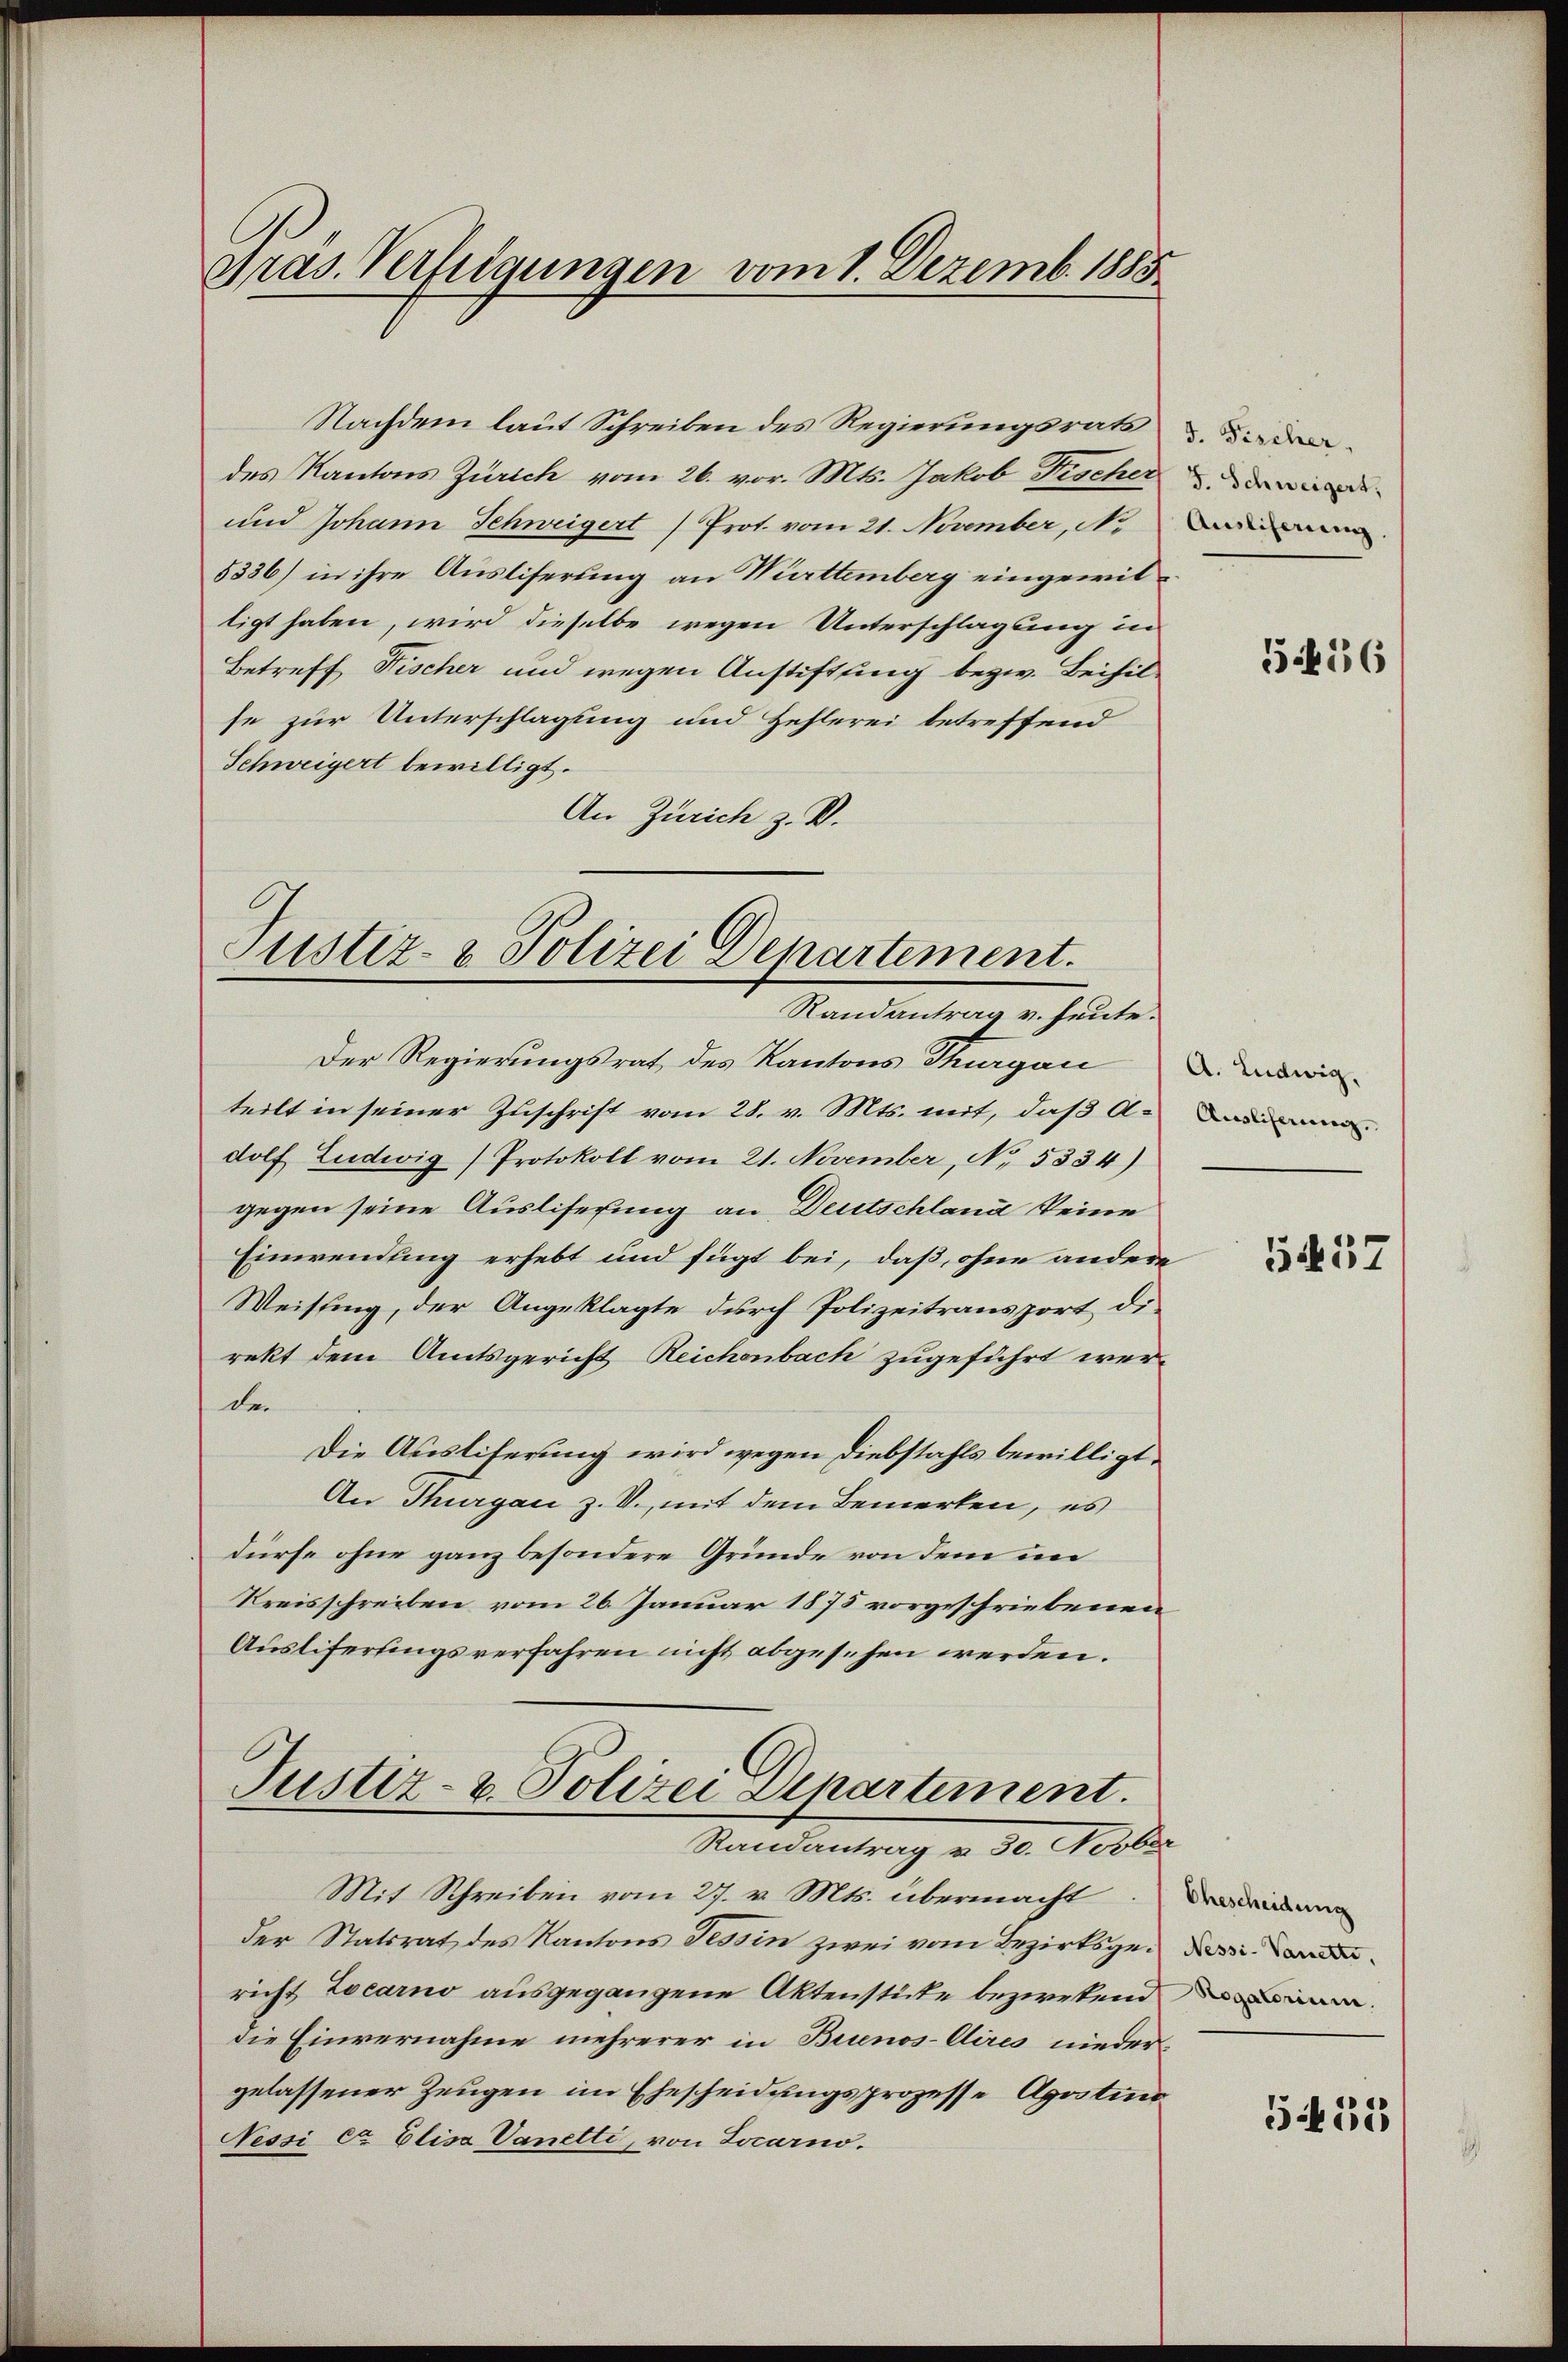
Gras. Verfügungen vom 1. Dezemb. 1885

se zur Unterschlagung und Zehlerei betreffend
Schweigert bewilligt.
An Zürich z. B.

Der Regierungsrat des Kantons Thurgau
teilt in seiner Zuschrift vom 28. v. Mts. mit, daß A
dolf Ludwig Protokoll vom 21. November, No. 5334)
gegen seine Ausliserung an Deutschland keine
Einwendung erhebt und fügt bei, daß, ohne andere
Weisung, der Angeklagte durch Polizeitransport die
rekt dem Amtsgericht Reichenbach zugeführt werder
Die Austiferung wird wegen Diebstahls bewilligt,
An Thurgau z. V., mit dem Bemerken, es
dürfe ohne ganz besondere Gründe von dem im
Kreisschreiben vom 26. Januar 1875 vorgeschriebenen
Auslifertingsverfahren nicht abgesehen werden.

Nachdem laut Schreiben des Regierungsrats
des Kantons Zürich vom 26. vor. Mts. Jakob Fischer
und Johann Schweigert Prot. vom 21. November, No
5336) in ihre Ausliferung an Württemberg eingewitligt haben, wird dieselbe wegen Unterschlagung in
Betreff Fischer und wegen Anstiftung bezw. Beihil-

Justiz- & Polizei Departement.
Randantrag v. heute.

Justiz- u. Polizei Departement.
Randantrag v. 30. Novber

Mit Schreiben vom 27. v. Mts. übermacht
der Statsrat des Kantons Tessin zwei vom Bezirksgericht Locarno ausgegangene Aktenstücke bezwekend
die Einvernahme mehrerer in Buenos-Aires niedergelassener Zeugen im Ehescheidungsprozesse Apostins
Nessi cr Elisa Vanetti, von Locarno.

J. Fischer.
F. Schweigert,
Ausliferung.

5456

A. Ludwig,

5457

Ehescheidung

511